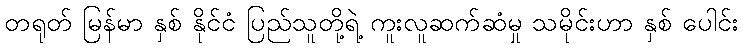
တရုတ် မြန်မာ နှစ် နိုင်ငံ ပြည်သူတို့ရဲ့ ကူးလူဆက်ဆံမှု သမိုင်းဟာ နှစ် ပေါင်း